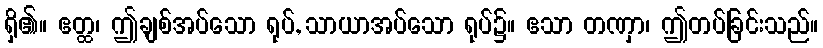
ရှိ၏။ ဧတ္ထ၊ ဤချစ်အပ်သော ရုပ်, သာယာအပ်သော ရုပ်၌။ ဧသာ တဏှာ၊ ဤတပ်ခြင်းသည်။